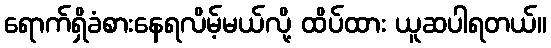
ရောက်ရှိခံစားနေရလိမ့်မယ်လို့ ထိပ်ထား ယူဆပါရတယ်။